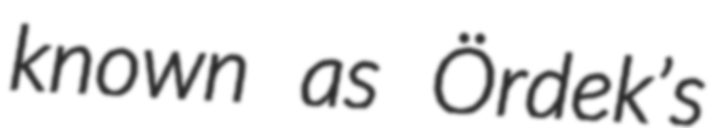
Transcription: known as Ördek’s